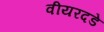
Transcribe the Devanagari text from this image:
वीयरदडे